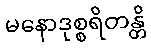
မနောဒုစ္စရိတန္တိ